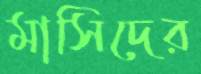
মাসিদের